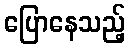
ပြောနေသည့်